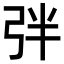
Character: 𢏑